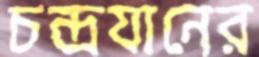
চন্দ্রযানের